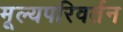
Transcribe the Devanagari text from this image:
मूल्यपरिवर्तन